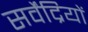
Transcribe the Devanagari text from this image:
सर्वेंद्रियों